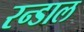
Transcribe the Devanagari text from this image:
रन्डाल